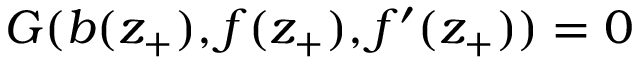
G ( b ( z _ { + } ) , f ( z _ { + } ) , f ^ { \prime } ( z _ { + } ) ) = 0